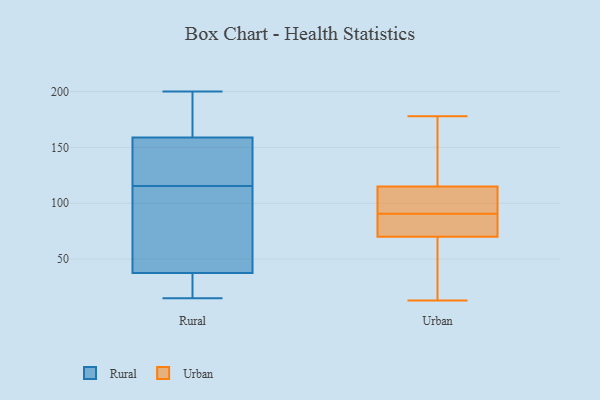
{"axis": {"x": "Humidity (%)", "y": "Value"}, "legend": ["Rural", "Urban"], "data": [{"x": "", "y": 86, "type": "Rural"}, {"x": "", "y": 44, "type": "Rural"}, {"x": "", "y": 176, "type": "Rural"}, {"x": "", "y": 142, "type": "Rural"}, {"x": "", "y": 135, "type": "Rural"}, {"x": "", "y": 193, "type": "Rural"}, {"x": "", "y": 200, "type": "Rural"}, {"x": "", "y": 15, "type": "Rural"}, {"x": "", "y": 31, "type": "Rural"}, {"x": "", "y": 24, "type": "Rural"}, {"x": "", "y": 126, "type": "Rural"}, {"x": "", "y": 105, "type": "Rural"}, {"x": "", "y": 90, "type": "Urban"}, {"x": "", "y": 30, "type": "Urban"}, {"x": "", "y": 119, "type": "Urban"}, {"x": "", "y": 115, "type": "Urban"}, {"x": "", "y": 13, "type": "Urban"}, {"x": "", "y": 91, "type": "Urban"}, {"x": "", "y": 154, "type": "Urban"}, {"x": "", "y": 178, "type": "Urban"}, {"x": "", "y": 89, "type": "Urban"}, {"x": "", "y": 86, "type": "Urban"}, {"x": "", "y": 96, "type": "Urban"}, {"x": "", "y": 115, "type": "Urban"}, {"x": "", "y": 70, "type": "Urban"}, {"x": "", "y": 26, "type": "Urban"}]}